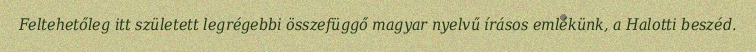
Feltehetőleg itt született legrégebbi összefüggő magyar nyelvű írásos emlékünk, a Halotti beszéd.